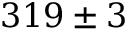
{ 3 1 9 \pm 3 }